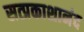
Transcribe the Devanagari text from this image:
सत्प्रकाशानंद